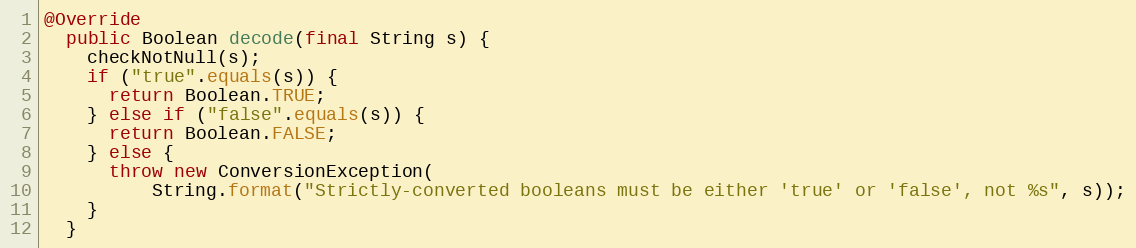
Language: Java
@Override
  public Boolean decode(final String s) {
    checkNotNull(s);
    if ("true".equals(s)) {
      return Boolean.TRUE;
    } else if ("false".equals(s)) {
      return Boolean.FALSE;
    } else {
      throw new ConversionException(
          String.format("Strictly-converted booleans must be either 'true' or 'false', not %s", s));
    }
  }